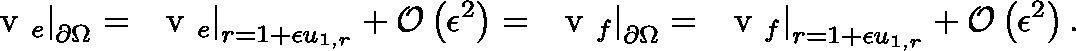
\left. \ensuremath { \mathrm { ~ \boldmath ~ v ~ } } _ { e } \right| _ { \partial \Omega } = \left. \ensuremath { \mathrm { ~ \boldmath ~ v ~ } } _ { e } \right| _ { r = 1 + \epsilon u _ { 1 , r } } + \mathcal { O } \left( \epsilon ^ { 2 } \right) = \left. \ensuremath { \mathrm { ~ \boldmath ~ v ~ } } _ { f } \right| _ { \partial \Omega } = \left. \ensuremath { \mathrm { ~ \boldmath ~ v ~ } } _ { f } \right| _ { r = 1 + \epsilon u _ { 1 , r } } + \mathcal { O } \left( \epsilon ^ { 2 } \right) .